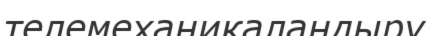
телемеханикаландыру